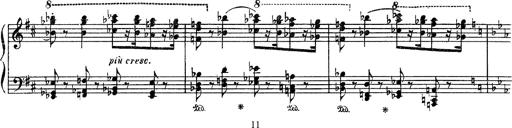
Title: Fantaisie sur des motifs favoris de l'opÃ©ra 'La sonnambula'
Composer: Franz Liszt